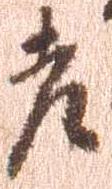
老